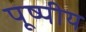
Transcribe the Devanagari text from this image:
पूष्पीय